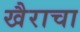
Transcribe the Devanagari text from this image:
खैराचा